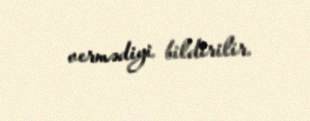
vermədiyi bildirilir.